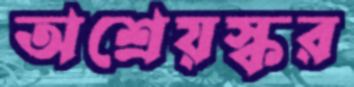
অশ্রেয়স্কর